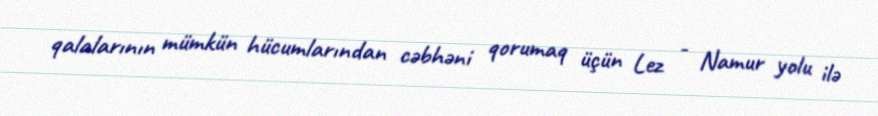
qalalarının mümkün hücumlarından cəbhəni qorumaq üçün Lez - Namur yolu ilə